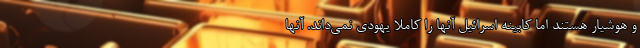
و هوشیار هستند اما کابینه اسرائیل آنها را کاملا یهودی نمی‌داند. آنها